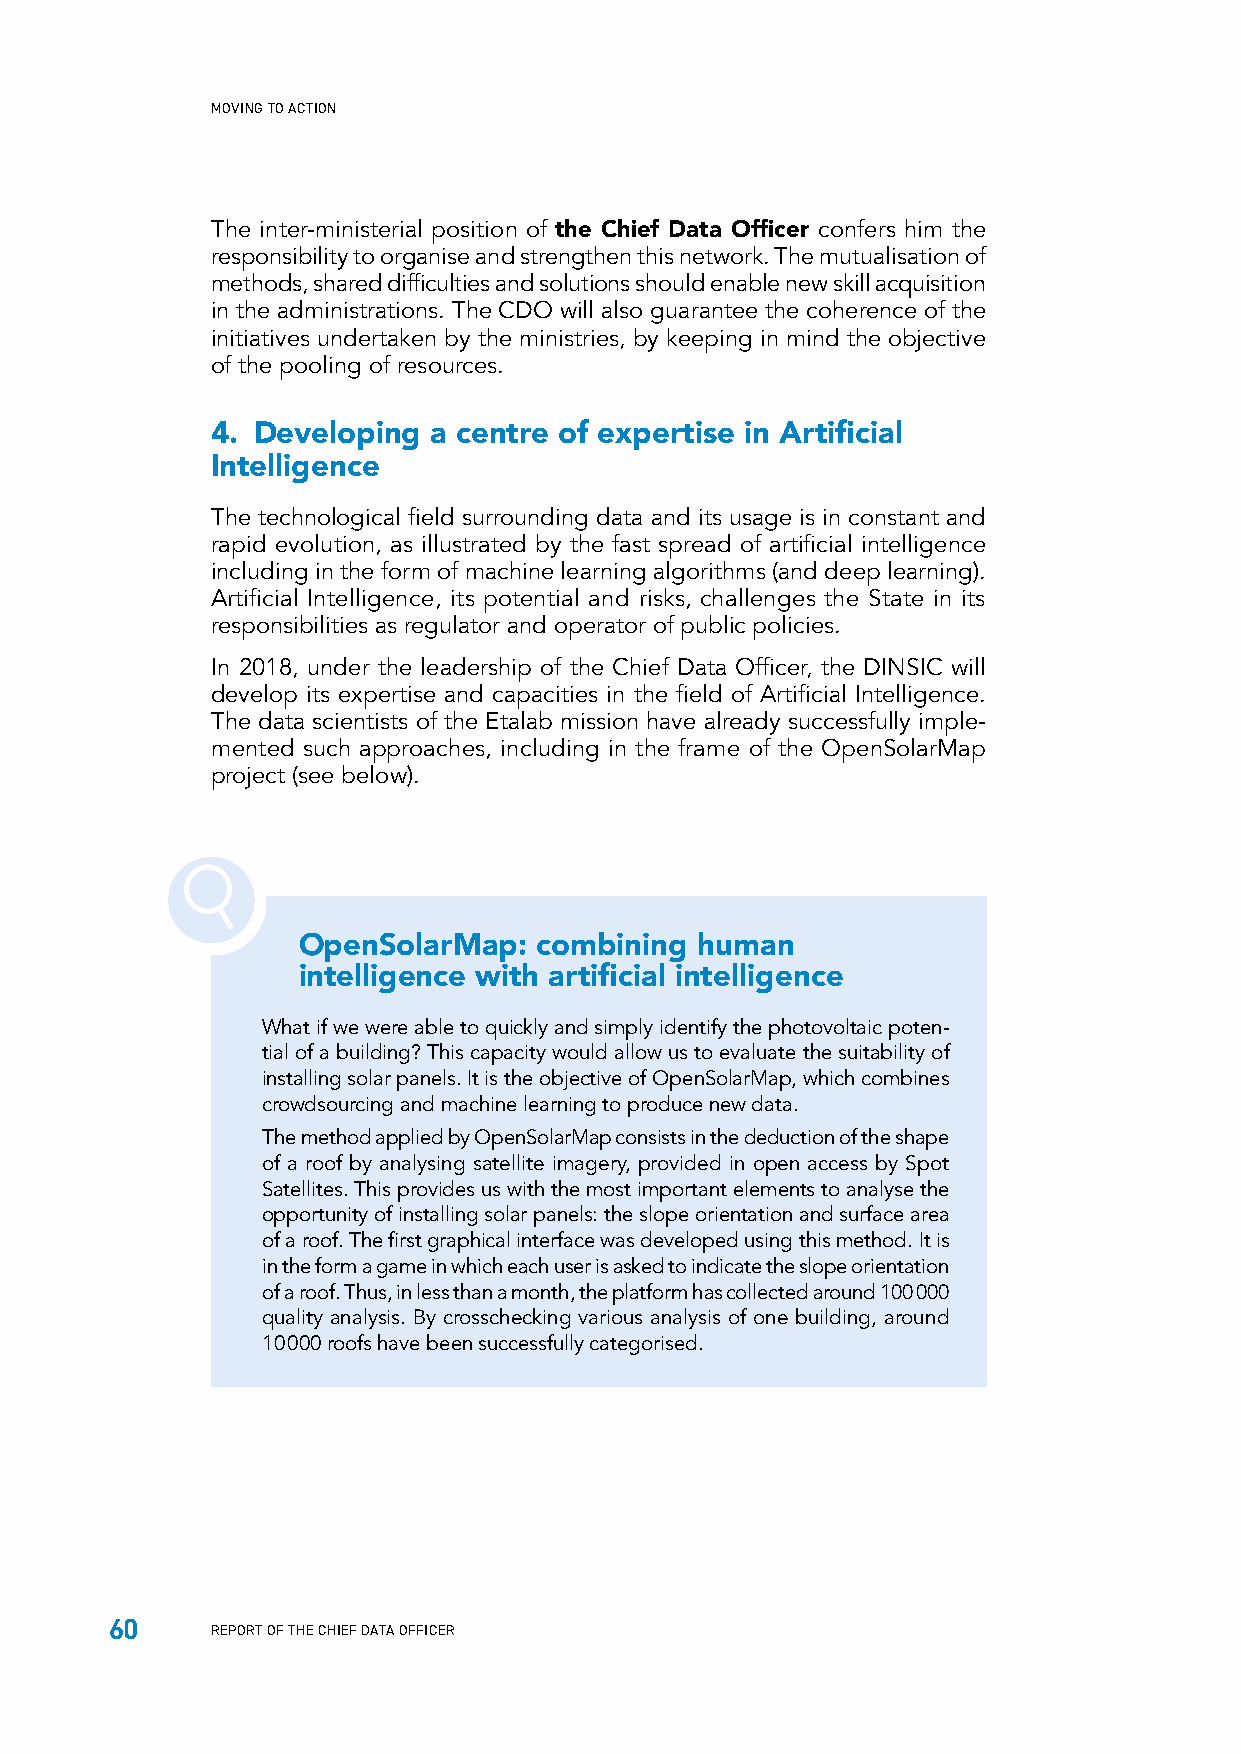
MOVING TO ACTION
 The inter-ministerial position of the Chief Data Officer confers him the
 responsibility to organise and strengthen this network. The mutualisation of
 methods, shared difficulties and solutions should enable new skill acquisition
 in the administrations. The CDO will also guarantee the coherence of the
 initiatives undertaken by the ministries, by keeping in mind the objective
 of the pooling of resources.
 4. Developing  a centre of expertise in Artificial
 Intelligence
 The technological field surrounding data and its usage is in constant and
 rapid evolution, as illustrated by the fast spread of artificial intelligence
 including in the form of machine learning algorithms (and deep learning).
 Artificial Intelligence, its potential and risks, challenges the State in its
 responsibilities as regulator and operator of public policies.
 In 2018, under the leadership of the Chief Data Officer, the DINSIC will
 develop its expertise and capacities in the field of Artificial Intelligence.
 The data scientists of the Etalab mission have already successfully imple-
 mented such approaches, including in the frame of the OpenSolarMap
 project (see below).
 OpenSolarMap:   combining human
 intelligence with artificial intelligence
 What if we were able to quickly and simply identify the photovoltaic poten-
 tial of a building? This capacity would allow us to evaluate the suitability of
 installing solar panels. It is the objective of OpenSolarMap, which combines
 crowdsourcing and machine learning to produce new data.
 The method applied by OpenSolarMap consists in the deduction of the shape
 of a roof by analysing satellite imagery, provided in open access by Spot
 Satellites. This provides us with the most important elements to analyse the
 opportunity of installing solar panels: the slope orientation and surface area
 of a roof. The first graphical interface was developed using this method. It is
 in the form a game in which each user is asked to indicate the slope orientation
 of a roof. Thus, in less than a month, the platform has collected around 100 000
 quality analysis. By crosschecking various analysis of one building, around
 10 000 roofs have been successfully categorised.
 60
 REPORT OF THE CHIEF DATA OFFICER